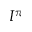
I ^ { \pi }